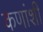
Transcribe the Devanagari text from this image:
कणांशी